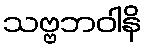
သဗ္ဗဘဝါနိ